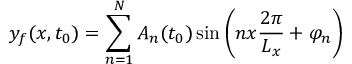
y _ { f } ( x , t _ { 0 } ) = \sum _ { n = 1 } ^ { N } A _ { n } ( t _ { 0 } ) \sin \left( n x \frac { 2 \pi } { L _ { x } } + \varphi _ { n } \right)